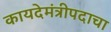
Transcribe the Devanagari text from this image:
कायदेमंत्रीपदाचा